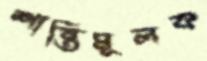
শান্তিমূলক